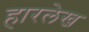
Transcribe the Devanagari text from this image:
हारलेख